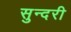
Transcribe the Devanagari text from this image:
सुन्‍दरी